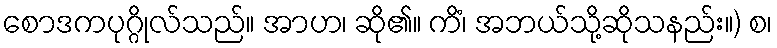
စောဒကပုဂ္ဂိုလ်သည်။ အာဟ၊ ဆို၏။ ကိံ၊ အဘယ်သို့ဆိုသနည်း။) စ၊